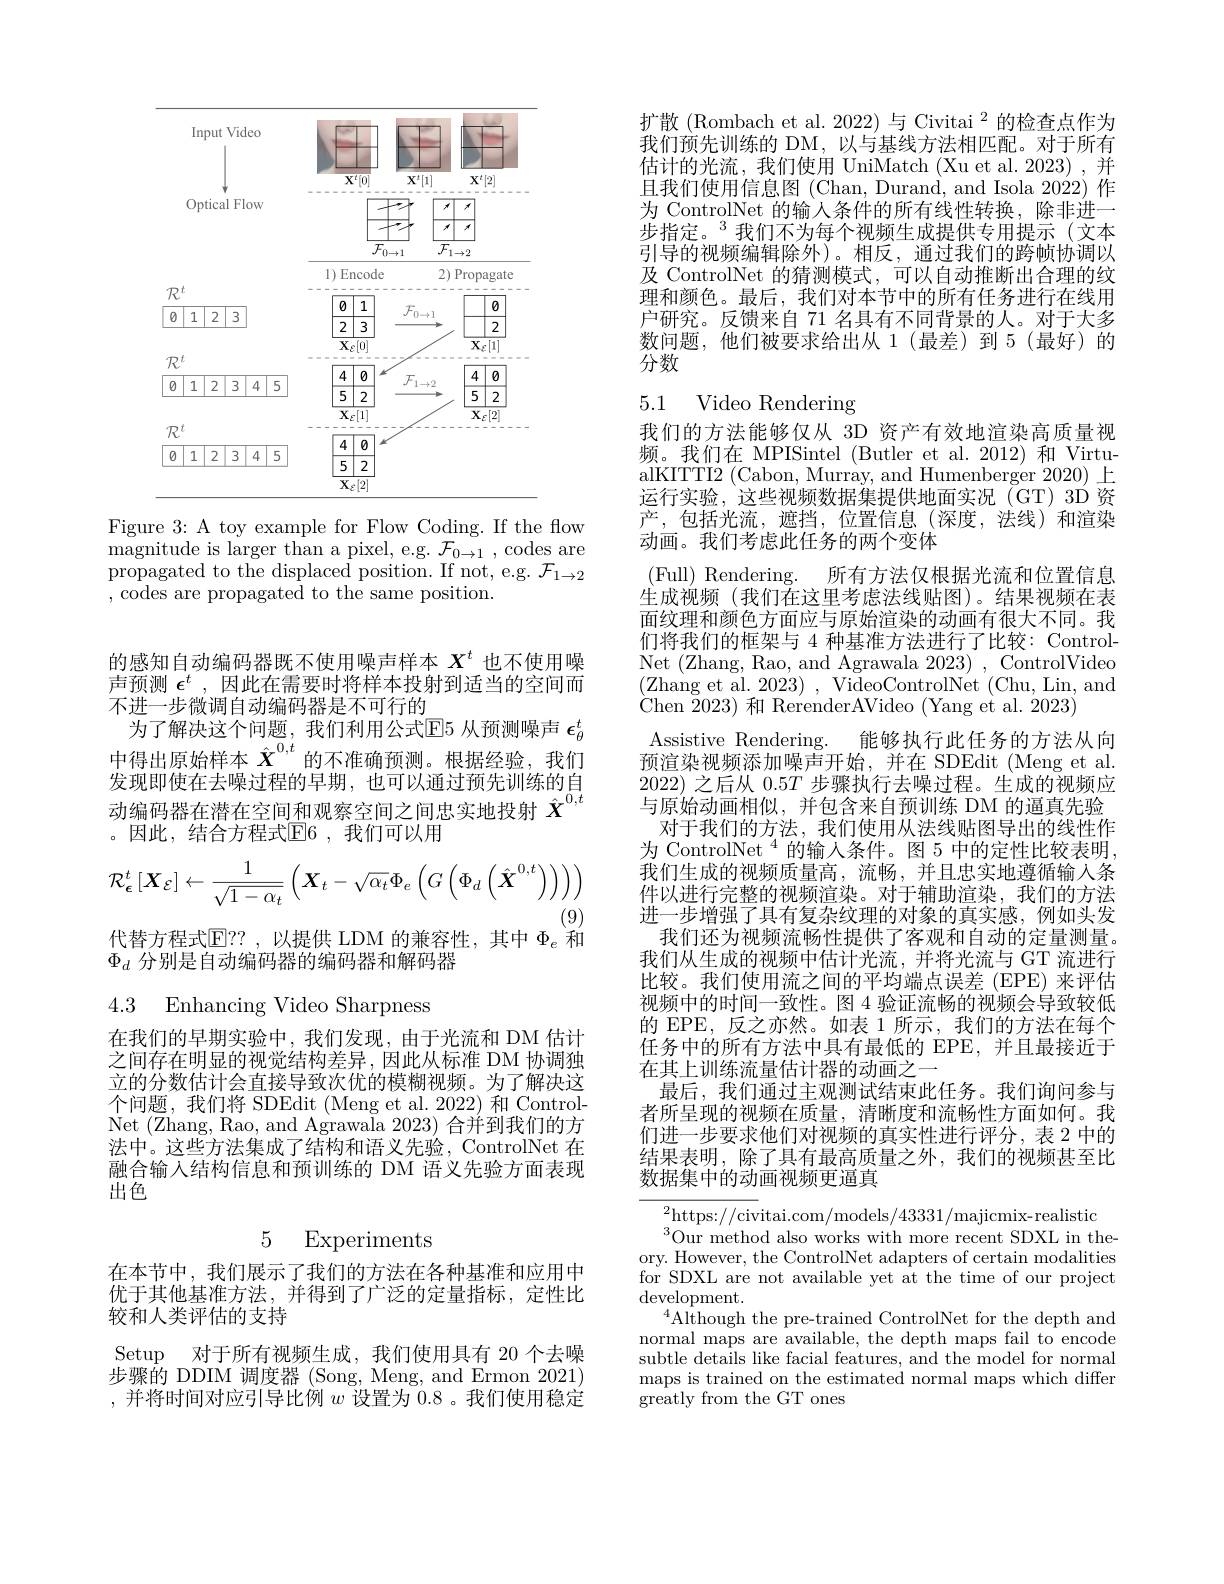
<FigureHere>

Figure 3: A toy example for Flow Coding. If the flow magnitude is larger than a pixel, e.g. $\mathcal{F}_0\to1$, codes are propagated to the displaced position. If not, e.g. $\mathcal{F}_1\to2$ ,codes are propagated to the same position.

的感知自动编码器既不使用噪声样本$X^t$也不使用噪声预测$\epsilon^t$ ,因此在需要时将样本投射到适当的空间而不进一步微调自动编码器是不可行的
为了解决这个问题，我们利用公式$\mathbb{E}$5 从预测噪声 $\epsilon_\theta^t$ 中得出原始样本$\hat{X}^{0,t}$的不准确预测。根据经验，我们发现即使在去噪过程的早期，也可以通过预先训练的自动编码器在潜在空间和观察空间之间忠实地投射$\hat{X}^{0,t}$ 。因此，结合方程式$\mathbb{E}$6,我们可以用
$$\mathcal{R}_{\epsilon}^{t}\left[\boldsymbol{X}_{\mathcal{E}}\right]\leftarrow\frac{1}{\sqrt{1-\alpha_{t}}}\left(\boldsymbol{X}_{t}-\sqrt{\alpha_{t}}\Phi_{e}\left(G\left(\Phi_{d}\left(\hat{\boldsymbol{X}}^{0,t}\right)\right)\right)\right)$$
(9)

代替方程式$\mathbb{E}??$,以提供 LDM 的兼容性，其中$\Phi_e$ 和

$\Phi_d$分别是自动编码器的编码器和解码器

4.3 Enhancing Video Sharpness

在我们的早期实验中，我们发现，由于光流和 DM 估计之间存在明显的视觉结构差异，因此从标准 DM 协调独立的分数估计会直接导致次优的模糊视频。为了解决这个问题，我们将 SDEdit (Meng et al.2022) 和 ControlNet (Zhang, Rao, and Agrawala 2023) 合并到我们的方法中。这些方法集成了结构和语义先验，ControlNet 在融合输入结构信息和预训练的 DM 语义先验方面表现出色

在本节中，我们展示了我们的方法在各种基准和应用中优于其他基准方法，并得到了广泛的定量指标，定性比较和人类评估的支持

Setup 对于所有视频生成，我们使用具有 20 个去噪步骤的 DDIM 调度器 (Song, Meng, and Ermon 2021) ,并将时间对应引导比例$w$设置为0.8。我们使用稳定

扩散 (Rombach et al. 2022) 与 Civitai $^{2}$的检查点作为我们预先训练的 DM,以与基线方法相匹配。对于所有估计的光流，我们使用 UniMatch (Xu et al. 2023) ,并且我们使用信息图 (Chan, Durand, and Isola 2022) 作为 ControlNet 的输入条件的所有线性转换，除非进一步指定。$^{3}$我们不为每个视频生成提供专用提示(文本引导的视频编辑除外)。相反，通过我们的跨帧协调以及 ControlNet 的猜测模式，可以自动推断出合理的纹理和颜色。最后，我们对本节中的所有任务进行在线用户研究。反馈来自 71 名具有不同背景的人。对于大多数问题，他们被要求给出从 1(最差)到 5(最好) 的分数

## 5.1 Video Rendering

我们的方法能够仅从 3D 资产有效地渲染高质量视频。我们在 MPISintel (Butler et al.2012) 和 VirtualKITTI2 (Cabon, Murray, and Humenberger 2020)上运行实验，这些视频数据集提供地面实况(GT)3D资产，包括光流，遮挡，位置信息(深度，法线)和渲染动画。我们考虑此任务的两个变体
(Full) Rendering.所有方法仅根据光流和位置信息生成视频(我们在这里考虑法线贴图)。结果视频在表面纹理和颜色方面应与原始渲染的动画有很大不同。我们将我们的框架与 4 种基准方法进行了比较：ControlNet (Zhang, Rao, and Agrawala 2023) , ControlVideo (Zhang et al. 2023) , VideoControlNet (Chu, Lin, and Chen 2023) 和 RerenderAVideo (Yang et al. 2023)
Assistive Rendering. 能够执行此任务的方法从向预渲染视频添加噪声开始，并在 SDEdit (Meng et al. 2022)之后从$0.5T$步骤执行去噪过程。生成的视频应与原始动画相似，并包含来自预训练 DM 的逼真先验
对于我们的方法，我们使用从法线贴图导出的线性作为 ControlNet $^{4}$的输入条件。图 5 中的定性比较表明， 我们生成的视频质量高，流畅，并且忠实地遵循输入条件以进行完整的视频渲染。对于辅助渲染，我们的方法进一步增强了具有复杂纹理的对象的真实感，例如头发
我们还为视频流畅性提供了客观和自动的定量测量。我们从生成的视频中估计光流，并将光流与 GT 流进行比较。我们使用流之间的平均端点误差(EPE)来评估视频中的时间一致性。图 4 验证流畅的视频会导致较低的 EPE, 反之亦然。如表 1 所示，我们的方法在每个任务中的所有方法中具有最低的 EPE,并且最接近于在其上训练流量估计器的动画之一
最后，我们通过主观测试结束此任务。我们询问参与者所呈现的视频在质量，清晰度和流畅性方面如何。我们进一步要求他们对视频的真实性进行评分，表 2 中的结果表明，除了具有最高质量之外，我们的视频甚至比数据集中的动画视频更逼真

$^{2}$https://civitai.com/models/43331/majicmix-realistic
$^{3}$Our method also works with more recent SDXL in theory. However, the ControlNet adapters of certain modalities for SDXL are not available yet at the time of our project ${\mathrm{development}}.$
$^{4}\hat{\text{Although the pre-trained ControlNet for the depth and}}$ normal maps are available, the depth maps fail to encode subtle details like facial features, and the model for normal maps is trained on the estimated normal maps which differ $\hat{\text{greatly from the GT ones}}$